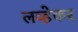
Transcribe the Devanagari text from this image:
लव्हेकर